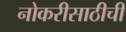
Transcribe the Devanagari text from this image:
नोकरीसाठीची